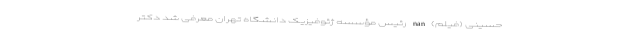
حسینی (فیلم) nan رئیس مؤسسه ژئوفیزیک دانشگاه تهران معرفی شد دکتر